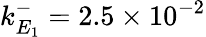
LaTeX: k_{E_{1}}^{-}=2.5\times 10^{-2}